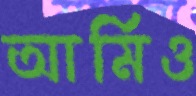
আর্মিও